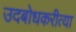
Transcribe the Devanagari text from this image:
उदबोधकरीत्या